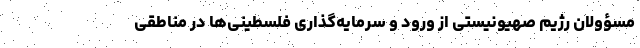
مسؤولان رژیم صهیونیستی از ورود و سرمایه‌گذاری فلسطینی‌ها در مناطقی